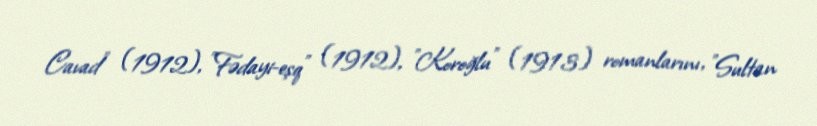
Cavad" (1912), "Fədayi-eşq" (1912), "Koroğlu" (1913) romanlarını, "Sultan